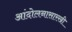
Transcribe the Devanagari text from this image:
आंदोलनासारखी